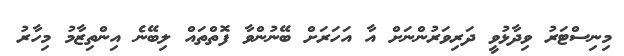
މިނިސްޓަރު ވިދާޅުވީ ދަރިވަރުންނަށް އާ އަހަރަށް ބޭނުންވާ ފޮތްތައް ލިބޭނެ އިންތިޒާމު މިހާރު